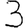
Digit: 3